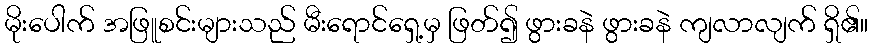
မိုးပေါက် အဖြူစင်းများသည် မီးရောင်ရှေ့မှ ဖြတ်၍ ဖွားခနဲ ဖွားခနဲ ကျလာလျက် ရှိ၏။